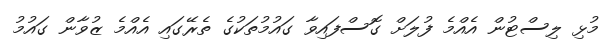
މުޅި ލިސްޓުން އެއްމެ ފުލަށް ގޮސްފައިވާ ގައުމުތަކުގެ ތެރޭގައި އެއްމެ ޒުވާން ގައުމު